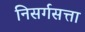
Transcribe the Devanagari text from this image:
निसर्गसत्ता